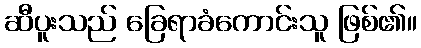
ဆီပူးသည် ခြေရာခံကောင်းသူ ဖြစ်၏။